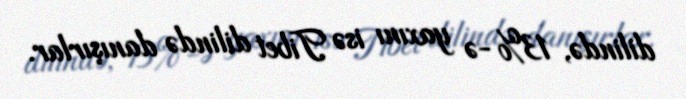
dilində, 13%-ə yaxını isə Tibet dilində danışırlar.